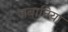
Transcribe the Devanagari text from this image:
जबानिया